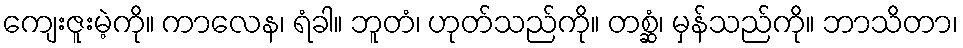
ကျေးဇူးမဲ့ကို။ ကာလေန၊ ရံခါ။ ဘူတံ၊ ဟုတ်သည်ကို။ တစ္ဆံ၊ မှန်သည်ကို။ ဘာသိတာ၊